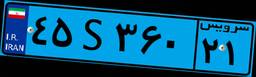
۴۵S۳۶۰۲۱